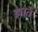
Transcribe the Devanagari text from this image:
ज्ञातं